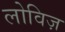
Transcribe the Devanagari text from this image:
लोविज़